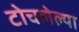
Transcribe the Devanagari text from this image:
टोचलेल्या